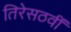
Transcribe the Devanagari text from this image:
तिरेसठवीं